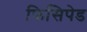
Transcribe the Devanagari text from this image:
फिसिपेड